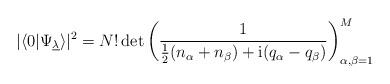
LaTeX: \begin{align*} |\langle 0|\Psi_{\underline{\lambda}}\rangle |^2 = N! \det\left( \frac{1}{\frac12 (n_{\alpha}+n_{\beta})+\mathrm{i}(q_\alpha-q_\beta)} \right)_{\alpha,\beta=1}^M\end{align*}